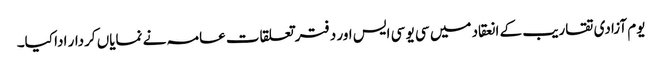
یوم آزادی تقاریب کے انعقاد میں سی یو سی ایس اور دفتر تعلقات عامہ نے نمایاں کردار ادا کیا۔